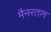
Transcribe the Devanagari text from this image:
मैनरताग